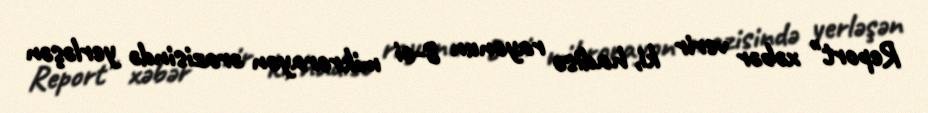
Report" xəbər verir ki, hadisə rayonun 8-ci mikrorayon ərazisində yerləşən